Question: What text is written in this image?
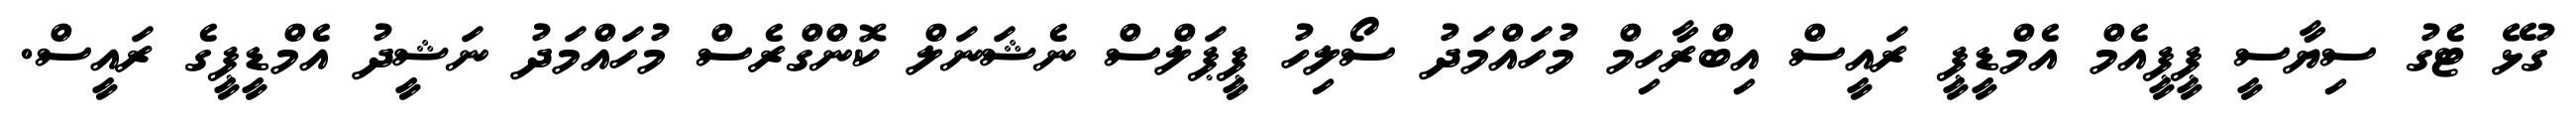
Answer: ގުޅޭ ޓެގު ސިޔާސީ ޕީޕީއެމް އެމްޑީޕީ ރައީސް އިބްރާހިމް މުހައްމަދު ސޯލިހު ޕީޕަލްސް ނެޝަނަލް ކޮންގްރެސް މުހައްމަދު ނަޝީދު އެމްޑީޕީގެ ރައީސް.